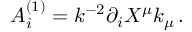
A _ { i } ^ { ( 1 ) } = k ^ { - 2 } \partial _ { i } X ^ { \mu } k _ { \mu } \, .